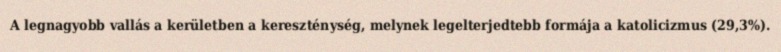
A legnagyobb vallás a kerületben a kereszténység, melynek legelterjedtebb formája a katolicizmus (29,3%).